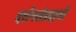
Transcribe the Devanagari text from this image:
दर्शनसंप्रदायों